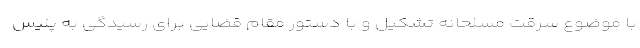
با موضوع سرقت مسلحانه تشکیل و با دستور مقام قضایی برای رسیدگی به پلیس